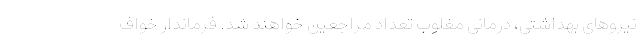
نیروهای بهداشتی، درمانی مغلوب تعداد مراجعین خواهند شد. فرماندار خواف